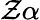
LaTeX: \mathcal{Z}\alpha